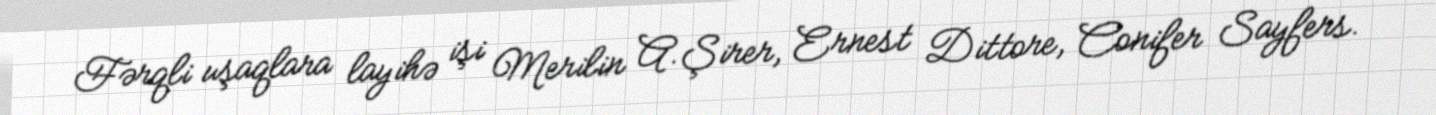
Fərqli uşaqlara layihə işi Merilin A.Şirer, Ernest Dittore, Conifer Sayfers.